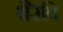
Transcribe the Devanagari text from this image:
थैरेपि